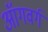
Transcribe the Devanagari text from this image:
ऑगवर्ग